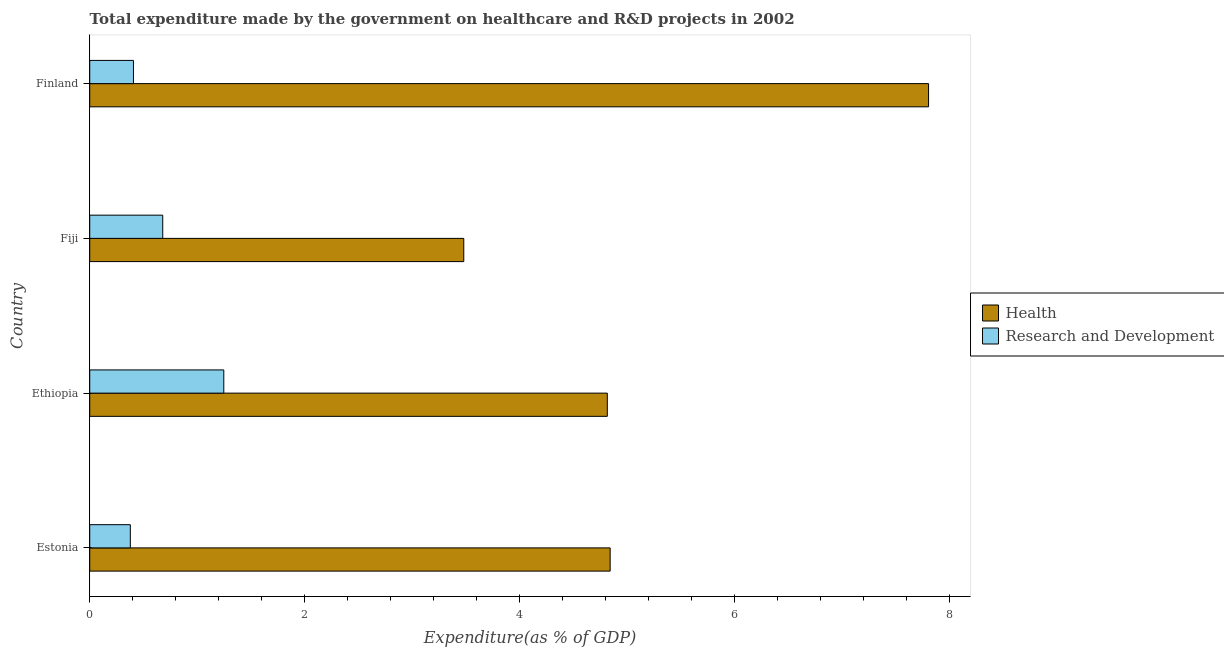
| Country | Health | Research and Development |
 | --- | --- | --- |
 | Estonia | 4.84 | 0.378 |
 | Ethiopia | 4.82 | 1.25 |
 | Fiji | 3.48 | 0.68 |
 | Finland | 7.81 | 0.407 |